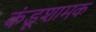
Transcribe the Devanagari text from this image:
कंडूशामक